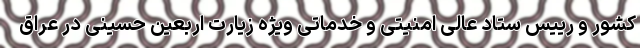
کشور و رییس ستاد عالی امنیتی و خدماتی ویژه زیارت اربعین حسینی در عراق